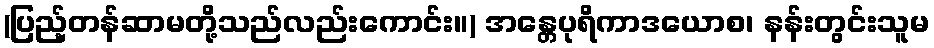
(ပြည့်တန်ဆာမတို့သည်လည်းကောင်း။) အန္တေပုရိကာဒယောစ၊ နန်းတွင်းသူမ